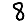
Digit: 8